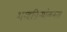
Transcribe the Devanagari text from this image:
शस्त्रक्रियांकरता